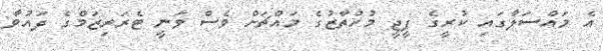
އެ މައްސަލާގައި ކުރީގެ ޕީޖީ މުހުތާޒުގެ މައްޗަށް ވެސް ވަނީ ޓެރަރިޒަމްގެ ދައުވާ